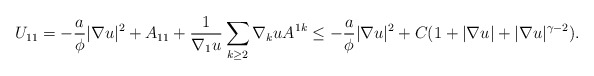
\begin{align*}U_{11} = - \frac{a}{\phi} |\nabla u|^2 + A_{11} + \frac{1}{\nabla_1 u} \sum_{k \geq 2} \nabla_k u A^{1k} \leq - \frac{a}{\phi} |\nabla u|^2 + C (1 + |\nabla u| + |\nabla u|^{\gamma-2}).\end{align*}